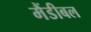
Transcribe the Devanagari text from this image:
मैंडीबल